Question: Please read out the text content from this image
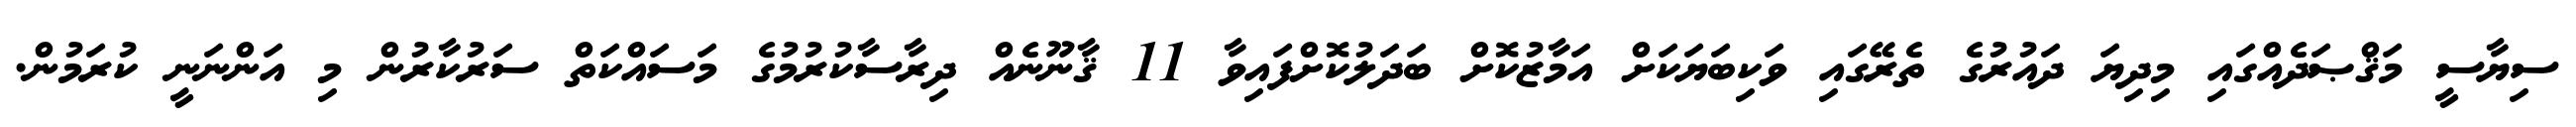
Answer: ސިޔާސީ މަޤްޞަދެއްގައި މިދިޔަ ދައުރުގެ ތެރޭގައި ވަކިބަޔަކަށް އަމާޒުކޮށް ބަދަލުކޮށްފައިވާ 11 ޤާނޫނެއް ދިރާސާކުރުމުގެ މަސައްކަތް ސަރުކާރުން މި އަންނަނީ ކުރަމުން.